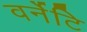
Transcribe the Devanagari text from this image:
वर्नेटि